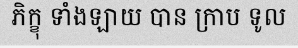
ភិក្ខុ ទាំងឡាយ បាន ក្រាប ទូល